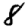
Digit: 8